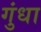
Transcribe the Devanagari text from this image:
गुंधा